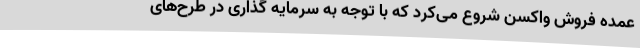
عمده فروش واکسن شروع می‌کرد که با توجه به سرمایه گذاری در طرح‌های